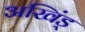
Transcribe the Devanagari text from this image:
अखिंड्